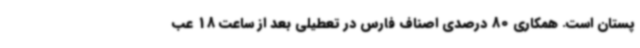
پستان است. همکاری 80 درصدی اصناف فارس در تعطیلی بعد از ساعت 18 عب